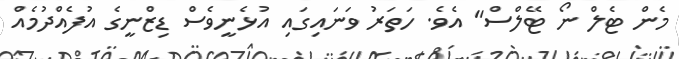
މެން ޓެލް ނޯ ޓޭލްސް" އެވެ. ހަތަރު ވަނައިގައި އުޅެނީވެސް ޑިޒްނީގެ އުފެއްދުމެއް